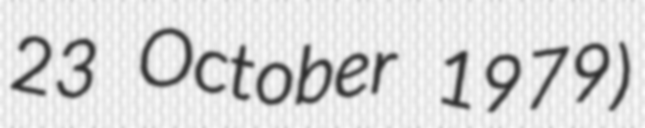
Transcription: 23 October 1979)